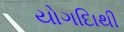
યોગદાિથી